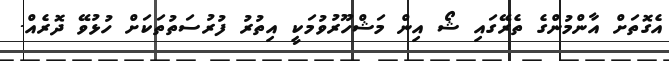
އެގޮތަށް އާންމުންގެ ތެރޭގައި ޝޯ އިން މަޝްހޫރުވުމަކީ އިތުރު ފުރުސަތުތަކަށް ހުޅުވޭ ދޮރެއް.